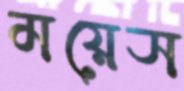
ময়েস